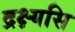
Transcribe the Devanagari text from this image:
द्रक्ष्यसि